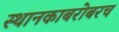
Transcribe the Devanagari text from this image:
स्थानकाबरोबरच